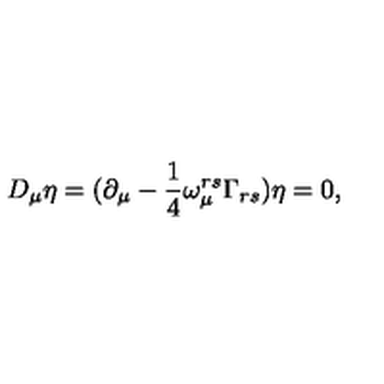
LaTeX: D _ { \mu } \eta = ( \partial _ { \mu } - \frac { 1 } { 4 } \omega _ { \mu } ^ { r s } \Gamma _ { r s } ) \eta = 0 ,